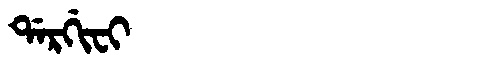
Manchu: ᡩᠠᡵᡤᡳᠸᡳ
Romanization: DARGIFI